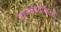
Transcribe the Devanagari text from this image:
वाजवण्याकरता